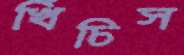
খিঁচিস